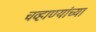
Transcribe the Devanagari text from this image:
चव्हाण्यांच्या